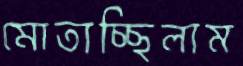
মোতাচ্ছিলাম